Leprosy in India: report of the Leprosy Commission in India, 1890-91
Year: 1890
Disease focus: Leprosy
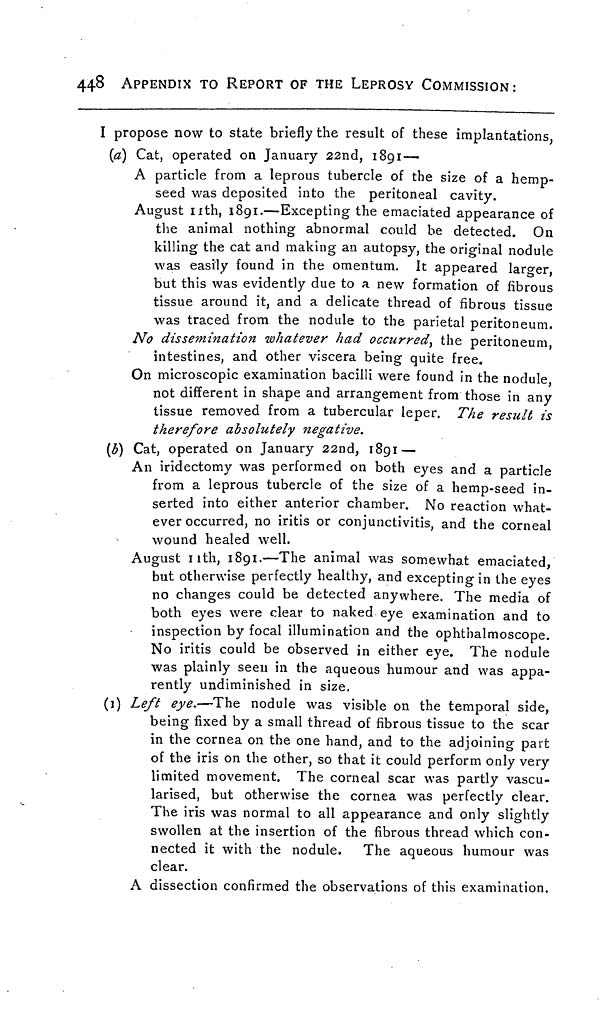
448
APPENDIX TO REPORT OF THE LEPROSY COMMISSION:
I propose now to state briefly the result of these implantations,
(a) Cat, operated on January 22nd, 1891 —
A particle from a leprous tubercle of the size of a hemp-
seed was deposited into the peritoneal cavity.
August 11th, 1891.—Excepting the emaciated appearance of
the animal nothing abnormal could be detected. On
killing the cat and making an autopsy, the original nodule
was easily found in the omentum. It appeared larger,
but this was evidently due to a new formation of fibrous
tissue around it, and a delicate thread of fibrous tissue
was traced from the nodule to the parietal peritoneum.
No dissemination whatever had occurred, the peritoneum,
intestines, and other viscera being quite free.
On microscopic examination bacilli were found in the nodule,
not different in shape and arrangement from those in any
tissue removed from a tubercular leper. The result is
therefore absolutely negative.
(b) Cat, operated on January 22nd, 1891 —
An iridectomy was performed on both eyes and a particle
from a leprous tubercle of the size of a hemp-seed in-
serted into either anterior chamber. No reaction what-
ever occurred, no iritis or conjunctivitis, and the corneal
wound healed well.
August nth, 1891.—The animal was somewhat emaciated,
but otherwise perfectly healthy, and excepting in the eyes
no changes could be detected anywhere. The media of
both eyes were clear to naked eye examination and to
inspection by focal illumination and the ophthalmoscope.
No iritis could be observed in either eye. The nodule
was plainly seen in the aqueous humour and was appa-
rently undiminished in size.
(1) Left eye.—The nodule was visible on the temporal side,
being fixed by a small thread of fibrous tissue to the scar
in the cornea on the one hand, and to the adjoining part
of the iris on the other, so that it could perform only very
limited movement. The corneal scar was partly vascu-
larised, but otherwise the cornea was perfectly clear.
The iris was normal to all appearance and only slightly
swollen at the insertion of the fibrous thread which con-
nected it with the nodule. The aqueous humour was
clear.
A dissection confirmed the observations of this examination.